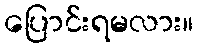
ပြောင်းရမလား။